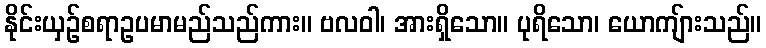
နိုင်းယှဉ်စရာဥပမာမည်သည်ကား။ ဗလဝါ၊ အားရှိသော။ ပုရိသော၊ ယောကျ်ားသည်။